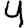
Digit: 4